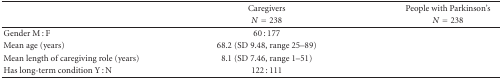
<table><thead><tr><td>[EMPTY_CELL]</td><td><b>Caregivers</b></td><td><b>People with Parkinson's</b></td></tr><tr><td>[EMPTY_CELL]</td><td><b><i>N</i> = 238</b></td><td><b><i>N</i> = 238</b></td></tr></thead><tbody><tr><td>Gender M : F</td><td>60 : 177</td><td>[EMPTY_CELL]</td></tr><tr><td>Mean age (years)</td><td>68.2 (SD 9.48, range 25–89)</td><td>[EMPTY_CELL]</td></tr><tr><td>Mean length of caregiving role (years)</td><td>8.1 (SD 7.46, range 1–51)</td><td>[EMPTY_CELL]</td></tr><tr><td>Has long-term condition Y : N</td><td>122 : 111</td><td>[EMPTY_CELL]</td></tr></tbody></table>